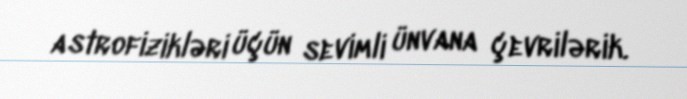
astrofizikləri üçün sevimli ünvana çevrilərik.